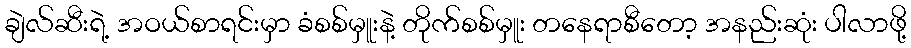
ချဲလ်ဆီးရဲ့ အဝယ်စာရင်းမှာ ခံစစ်မှူးနဲ့ တိုက်စစ်မှူး တနေရာစီတော့ အနည်းဆုံး ပါလာဖို့